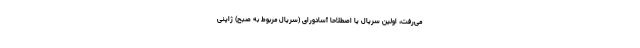
می‌رفت، اولین سریال یا اصطلاحا آسادورای (سریال مربوط به صبح) ژاپنی